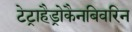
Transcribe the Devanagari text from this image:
टेट्राहैड्रोकैनबिवरिन